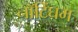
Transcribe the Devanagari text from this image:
नाॅटिंघम